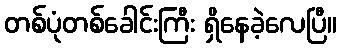
တစ်ပုံတစ်ခေါင်းကြီး ရှိနေခဲ့လေပြီ။